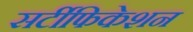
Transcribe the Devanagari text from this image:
सर्टीफिकेशन